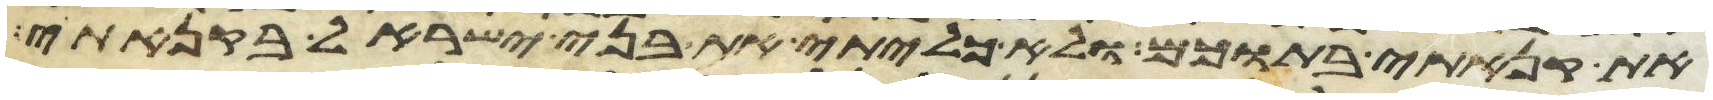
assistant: את קנאתי בתוכם ולא כליתי את בני ישראל בקנאתי